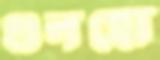
গুনছো